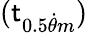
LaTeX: (\mathsf{t}_{0.5\dot{{\theta}}m})